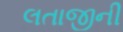
લતાજીની